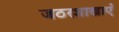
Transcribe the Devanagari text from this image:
जठरशाखाएँ